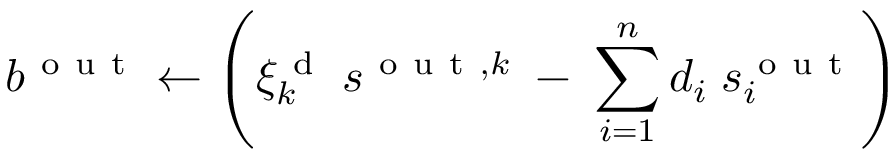
b ^ { \mathrm { ~ o ~ u ~ t ~ } } \gets \left( \xi _ { k } ^ { \mathrm { ~ d ~ } } \: s ^ { \mathrm { ~ o ~ u ~ t ~ } , k } \; - \; \sum _ { i = 1 } ^ { n } d _ { i } \; s _ { i } ^ { \mathrm { ~ o ~ u ~ t ~ } } \right)